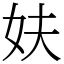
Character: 妋